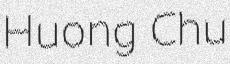
Huong Chu